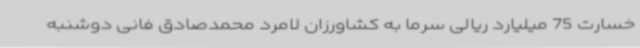
خسارت 75 میلیارد ریالی سرما به کشاورزان لامرد محمدصادق فانی دوشنبه